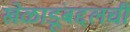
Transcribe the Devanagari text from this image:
खेळाडूंबद्दलची